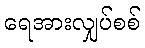
ရေအားလျှပ်စစ်